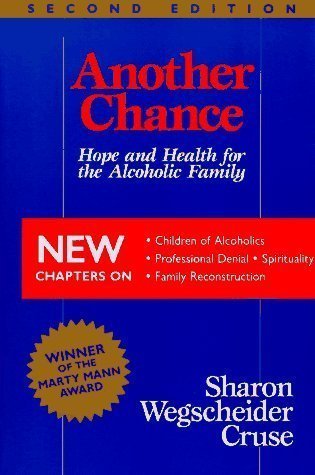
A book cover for Another Chance: Hope and Health for the Alcoholic Family 2nd (second) Edition by Wegscheider-Cruse, Sharon published by Science and Behavior Books (1989); Sharon Cruse; Parenting & Relationships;